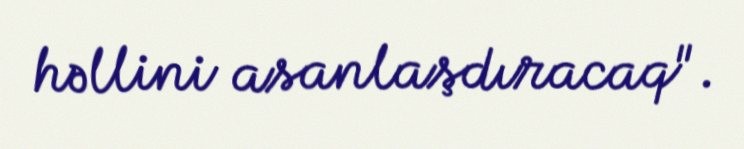
həllini asanlaşdıracaq".